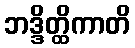
ဘဒ္ဒိတ္ထိကာတိ